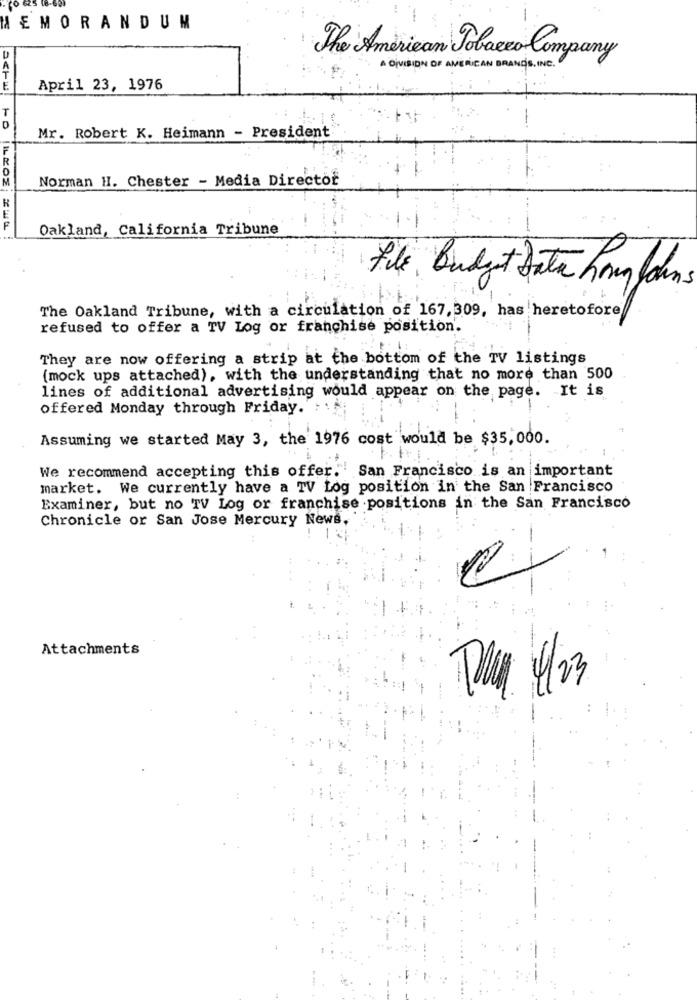
MEMORANDUM
The American Tobacco Company
A DIVISION OF AMERICAN BRANDS, INC.
April 23, 1976
-
Mr. Robert K. Heimann - President
Norman H. Chester - Media Director
Oakland, California Tribune
fils Budget Data hour din
The Oakland Tribune, with a circulation of 167, 309, has heretofore
refused to offer a TV Log or franchise position'.
They are now offering a strip at the bottom of the TV listings
(mock ups attached), with the understanding that no more than 500
lines of additional advertising would appear on the page. It is
offered Monday through Friday.
Assuming we started May 3, the 1976 cost would be $35,000.
We recommend accepting this offer. San Francisco is an important
market. We currently have a TV Log position in the San Francisco
Examiner, but no TV Log or franchise positions in the San Francisco
Chronicle or San Jose Mercury News,
Attachments